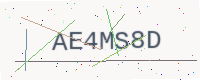
Text: AE4MS8D